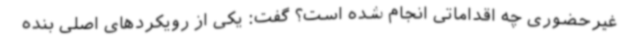
غیرحضوری چه اقداماتی انجام شده است؟ گفت: یکی از رویکردهای اصلی بنده